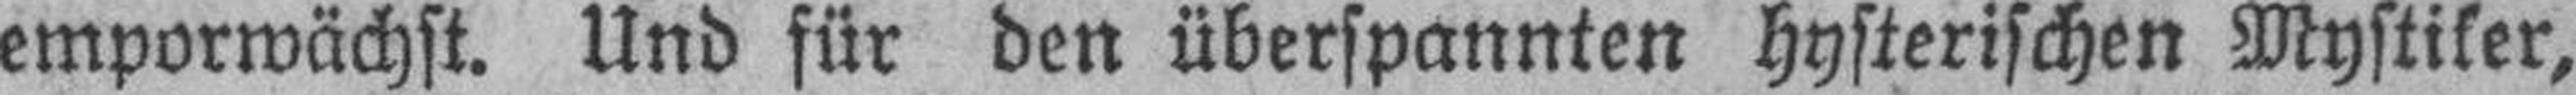
emporwächst. Und für den überspannten hysterischen Mystiker,